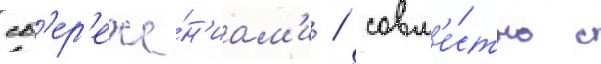
сб'ер'еже́н'иам'и / совм'е́стно с